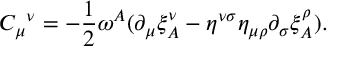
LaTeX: { C _ { \mu } } ^ { \nu } = - \frac 1 2 \omega ^ { A } ( \partial _ { \mu } \xi _ { A } ^ { \nu } - \eta ^ { \nu \sigma } \eta _ { \mu \rho } \partial _ { \sigma } \xi _ { A } ^ { \rho } ) .